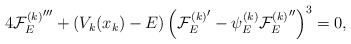
\begin{align*}4{{\cal F}_E^{(k)}}'''+(V_k(x_k)-E)\left({{\cal F}_E^{(k)}}'-\psi^{(k)}_E{{\cal F}_E^{(k)}}''\right)^3=0,\end{align*}